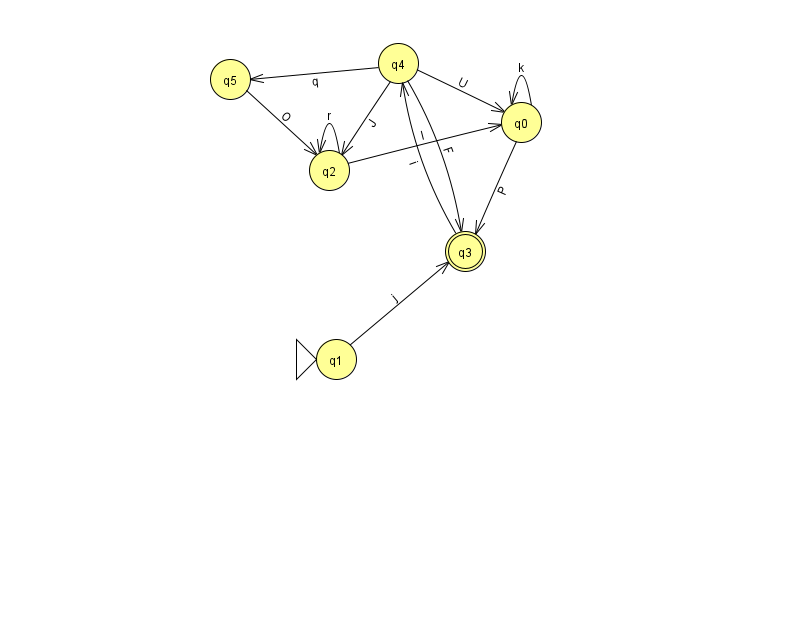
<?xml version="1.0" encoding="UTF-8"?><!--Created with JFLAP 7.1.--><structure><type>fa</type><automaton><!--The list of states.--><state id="0" name="q0"><x>521.0</x><y>109.0</y></state><state id="1" name="q1"><x>336.0</x><y>346.0</y><initial/></state><state id="2" name="q2"><x>329.0</x><y>157.0</y></state><state id="3" name="q3"><x>465.0</x><y>238.0</y><final/></state><state id="4" name="q4"><x>398.0</x><y>50.0</y></state><state id="5" name="q5"><x>230.0</x><y>66.0</y></state><!--The list of transitions.--><transition><from>1</from><to>3</to><read>j</read></transition><transition><from>2</from><to>2</to><read>r</read></transition><transition><from>3</from><to>4</to><read>i</read></transition><transition><from>4</from><to>5</to><read>q</read></transition><transition><from>4</from><to>0</to><read>U</read></transition><transition><from>2</from><to>0</to><read>l</read></transition><transition><from>0</from><to>0</to><read>k</read></transition><transition><from>4</from><to>3</to><read>F</read></transition><transition><from>0</from><to>3</to><read>P</read></transition><transition><from>4</from><to>2</to><read>J</read></transition><transition><from>5</from><to>2</to><read>O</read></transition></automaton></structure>